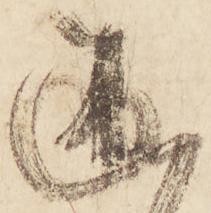
述